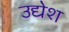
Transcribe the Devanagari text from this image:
उद्येश